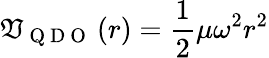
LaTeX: \mathfrak{V}_{\mathrm{{~Q~D~O~}}}\left(r\right)=\frac{{1}}{{2}}\mu\omega^{2}r^{2}